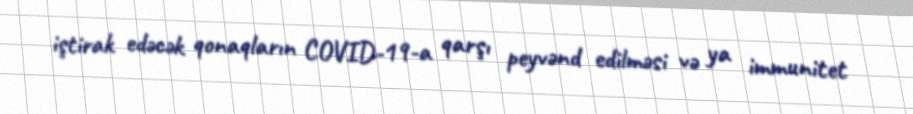
iştirak edəcək qonaqların COVID-19-a qarşı peyvənd edilməsi və ya immunitet